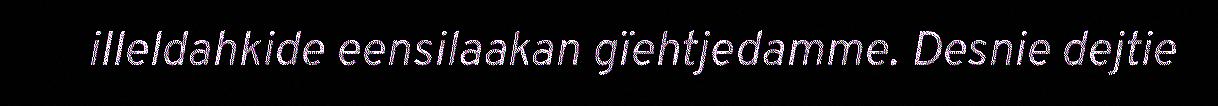
illeldahkide eensilaakan gïehtjedamme. Desnie dejtie